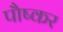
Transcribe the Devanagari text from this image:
पौष्कर